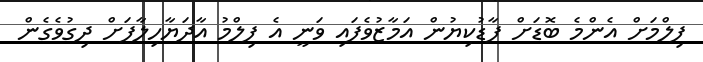
ފިލްމަށް އެންމެ ބޮޑަށް ފާޑުކިޔުން އަމާޒުވެފައި ވަނީ އެ ފިލްމު އާދަޔާހިލާފަށް ދިގުވެގެން